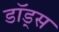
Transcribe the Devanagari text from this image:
डॉड्स